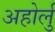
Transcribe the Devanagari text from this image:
अहोर्लु